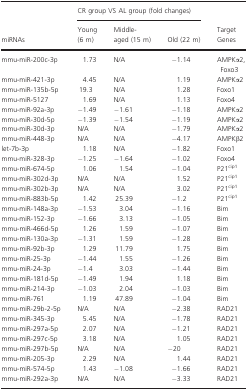
<table><thead><tr><td rowspan="2"><b>miRNAs</b></td><td colspan="3"><b>CR group VS AL group (fold changes)</b></td><td rowspan="2"><b>Target Genes</b></td></tr><tr><td><b>Young (6 m)</b></td><td><b>Middle‐aged (15 m)</b></td><td><b>Old (22 m)</b></td></tr></thead><tbody><tr><td>mmu‐miR‐200c‐3p</td><td>1.73</td><td>N/A</td><td>−1.14</td><td>AMPKα2, Foxo3</td></tr><tr><td>mmu‐miR‐421‐3p</td><td>4.45</td><td>N/A</td><td>1.19</td><td>AMPKα2</td></tr><tr><td>mmu‐miR‐135b‐5p</td><td>19.3</td><td>N/A</td><td>1.28</td><td>Foxo1</td></tr><tr><td>mmu‐miR‐5127</td><td>1.69</td><td>N/A</td><td>1.13</td><td>Foxo4</td></tr><tr><td>mmu‐miR‐92a‐3p</td><td>−1.49</td><td>−1.61</td><td>−1.18</td><td>AMPKα2</td></tr><tr><td>mmu‐miR‐30d‐5p</td><td>−1.39</td><td>−1.54</td><td>−1.19</td><td>AMPKα2</td></tr><tr><td>mmu‐miR‐30d‐3p</td><td>N/A</td><td>N/A</td><td>−1.79</td><td>AMPKα2</td></tr><tr><td>mmu‐miR‐448‐3p</td><td>N/A</td><td>N/A</td><td>−4.17</td><td>AMPKβ2</td></tr><tr><td>let‐7b‐3p</td><td>1.18</td><td>N/A</td><td>−1.82</td><td>Foxo1</td></tr><tr><td>mmu‐miR‐328‐3p</td><td>−1.25</td><td>−1.64</td><td>−1.02</td><td>Foxo4</td></tr><tr><td>mmu‐miR‐674‐5p</td><td>1.06</td><td>1.54</td><td>−1.04</td><td>P21<sup>cip1</sup></td></tr><tr><td>mmu‐miR‐302d‐3p</td><td>N/A</td><td>N/A</td><td>1.52</td><td>P21<sup>cip1</sup></td></tr><tr><td>mmu‐miR‐302b‐3p</td><td>N/A</td><td>N/A</td><td>3.02</td><td>P21<sup>cip1</sup></td></tr><tr><td>mmu‐miR‐883b‐5p</td><td>1.42</td><td>25.39</td><td>−1.2</td><td>P21<sup>cip1</sup></td></tr><tr><td>mmu‐miR‐148a‐3p</td><td>−1.53</td><td>3.04</td><td>−1.16</td><td>Bim</td></tr><tr><td>mmu‐miR‐152‐3p</td><td>−1.66</td><td>3.13</td><td>−1.05</td><td>Bim</td></tr><tr><td>mmu‐miR‐466d‐5p</td><td>1.26</td><td>1.59</td><td>−1.07</td><td>Bim</td></tr><tr><td>mmu‐miR‐130a‐3p</td><td>−1.31</td><td>1.59</td><td>−1.28</td><td>Bim</td></tr><tr><td>mmu‐miR‐92b‐3p</td><td>1.29</td><td>11.79</td><td>1.75</td><td>Bim</td></tr><tr><td>mmu‐miR‐25‐3p</td><td>−1.44</td><td>1.55</td><td>−1.26</td><td>Bim</td></tr><tr><td>mmu‐miR‐24‐3p</td><td>−1.4</td><td>3.03</td><td>−1.44</td><td>Bim</td></tr><tr><td>mmu‐miR‐181d‐5p</td><td>−1.49</td><td>1.94</td><td>1.18</td><td>Bim</td></tr><tr><td>mmu‐miR‐214‐3p</td><td>−1.03</td><td>2.04</td><td>−1.03</td><td>Bim</td></tr><tr><td>mmu‐miR‐761</td><td>1.19</td><td>47.89</td><td>−1.04</td><td>Bim</td></tr><tr><td>mmu‐miR‐29b‐2‐5p</td><td>N/A</td><td>N/A</td><td>−2.38</td><td>RAD21</td></tr><tr><td>mmu‐miR‐345‐3p</td><td>5.45</td><td>N/A</td><td>−1.78</td><td>RAD21</td></tr><tr><td>mmu‐miR‐297a‐5p</td><td>2.07</td><td>N/A</td><td>−1.21</td><td>RAD21</td></tr><tr><td>mmu‐miR‐297c‐5p</td><td>3.18</td><td>N/A</td><td>1.05</td><td>RAD21</td></tr><tr><td>mmu‐miR‐297b‐5p</td><td>N/A</td><td>N/A</td><td>−20</td><td>RAD21</td></tr><tr><td>mmu‐miR‐205‐3p</td><td>2.29</td><td>N/A</td><td>1.44</td><td>RAD21</td></tr><tr><td>mmu‐miR‐574‐5p</td><td>1.43</td><td>−1.08</td><td>−1.66</td><td>RAD21</td></tr><tr><td>mmu‐miR‐292a‐3p</td><td>N/A</td><td>N/A</td><td>−3.33</td><td>RAD21</td></tr></tbody></table>